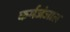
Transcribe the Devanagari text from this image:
कर्मजंजाल